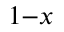
_ { 1 - x }